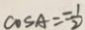
\cos A = \frac { - 1 } { 2 }